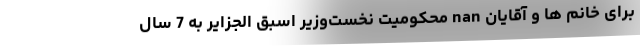
برای خانم ها و آقایان nan محکومیت نخست‌وزیر اسبق الجزایر به 7 سال